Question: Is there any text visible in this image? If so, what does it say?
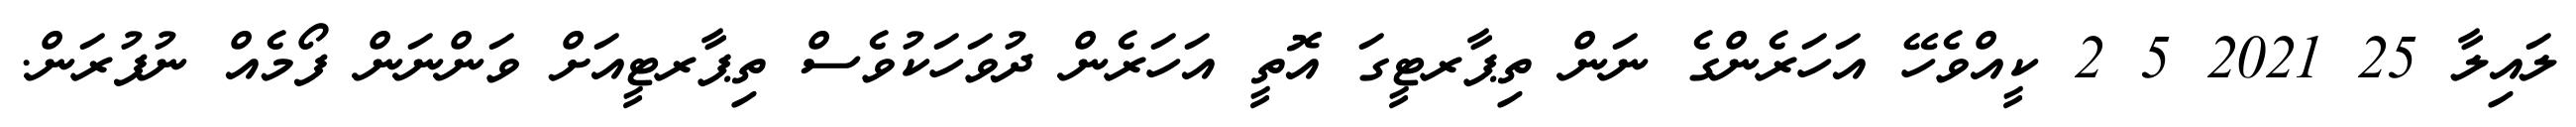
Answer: ލައިލާ 25 2021 5 2 ކީއްވެހޭ އަހަރެންގެ ނަން ތިޕާރޓީގަ އޮތީ އަހަރެން ދުވަހަކުވެސް ތިޕާރޓީއަށް ވަންނަން ފޯމެއް ނުފުރަން.